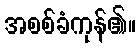
အစစ်ခံကုန်၏။